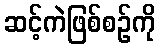
ဆင့်ကဲဖြစ်စဉ်ကို